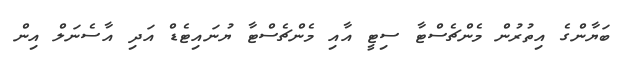
ބަޔާންގެ އިތުރުން މެންޗެސްޓާ ސިޓީ އާއި މެންޗެސްޓާ ޔުނައިޓެޑް އަދި އާސެނަލް އިން